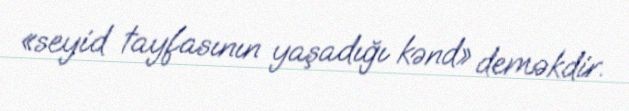
«seyid tayfasının yaşadığı kənd» deməkdir.